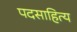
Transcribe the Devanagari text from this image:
पदसाहित्य